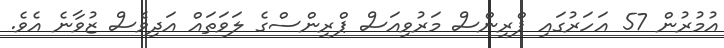
އުމުުރުން 57 އަހަރުގައި ޕްރިންސް މަރުވިއަސް ޕްރިންސްގެ ލަވަތައް އަދިވެސް ޒުވާނެ އެވެ.